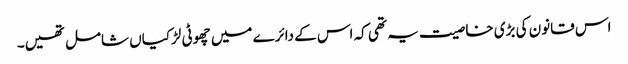
اس قانون کی بڑی خاصیت یہ تھی کہ اس کے دائرے میں چھوٹی لڑکیاں شامل تھیں۔